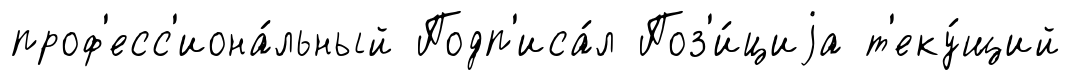
проф'есс'иона́льный Подп'иса́л Поз'и́циjа т'еку́щий